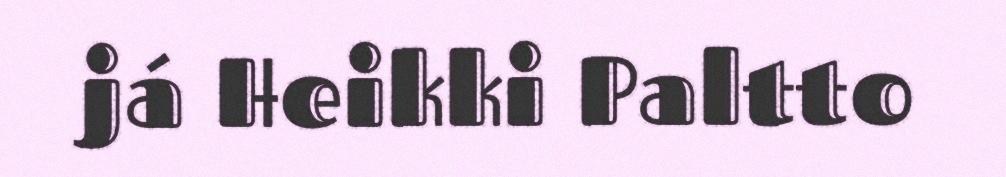
já Heikki Paltto